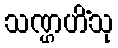
သဏ္ဌဟိံသု